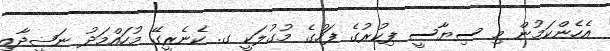
އެހެންކަމުން މި ސިޔާސީ ފިކުރުގެ ފަހުގެ މުގުލަކީ ގ. ކެނެރީގޭ މުހައްމަދު ނަޟީދާއި